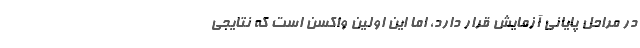
در مراحل پایانی آزمایش قرار دارد، اما این اولین واکسن است که نتایجی